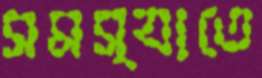
সমস্যাতে